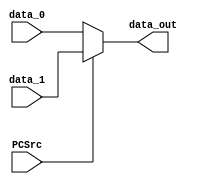
module Mux2(data_out, data_0, data_1, PCSrc);

input 	[31:0] data_0;
input 	[31:0] data_1;
input	PCSrc;

output	[31:0] data_out;

assign  	data_out = (PCSrc)?	data_1 : data_0;

endmodule